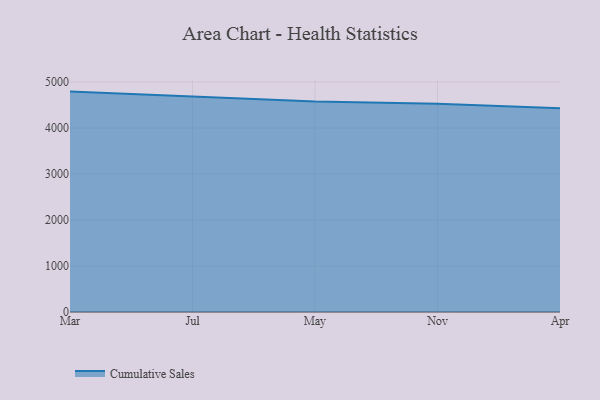
{"axis": {"x": "Month", "y": "Customer Acquisition Cost (USD)"}, "legend": ["Cumulative Sales"], "data": [{"x": "Mar", "y": 4793.7, "type": "Cumulative Sales"}, {"x": "Jul", "y": 4689.2, "type": "Cumulative Sales"}, {"x": "May", "y": 4576.4, "type": "Cumulative Sales"}, {"x": "Nov", "y": 4527.1, "type": "Cumulative Sales"}, {"x": "Apr", "y": 4430.3, "type": "Cumulative Sales"}]}